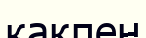
қақпен